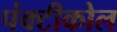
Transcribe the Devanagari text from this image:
पंक्टीकोल